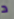
د